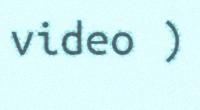
video )